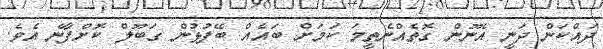
ދައްކަން ދަނީ އެނޫން ގޮތެއްނެތީމަ ކަމަށް ބައެއް ބޭފުޅުން ގަބޫލް ކޮށްފާނެ އެވެ.